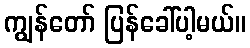
ကျွန်တော် ပြန်ခေါ်ပါ့မယ်။